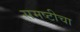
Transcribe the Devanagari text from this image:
समष्टीचा